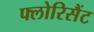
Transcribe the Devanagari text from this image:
फ्लोरिसैंट